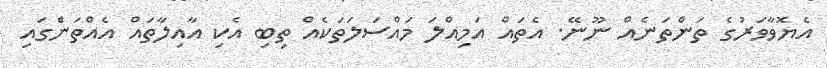
އެޔޮވާވަރުގެ ތަންތަނެއް ނޫނޭ. އެތައް އަމިއްލަ މައްސަލަތަކެއް ތިބި އެކި އާއިލާތައް އެއްތަނެެްގައި